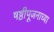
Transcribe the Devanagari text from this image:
षष्ठीपूजनाच्या